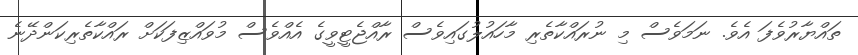
ތައްޔާރުވެފަ އެވެ. ނަމަވެސް މި ނުރައްކާތެރި މާހައުލުގައިވެސް ރާއްޖެޓީވީގެ އެއްވެސް މުވައްޒިފަކަށް ރައްކާތެރިކަންދޭނެ